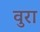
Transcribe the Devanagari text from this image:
वुरा